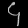
Digit: ၄